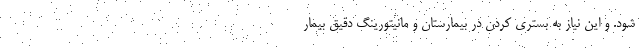
شود. و این نیاز به بستری کردن در بیمارستان و مانیتورینگ دقیق بیمار